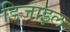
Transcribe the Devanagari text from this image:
डिजाइल